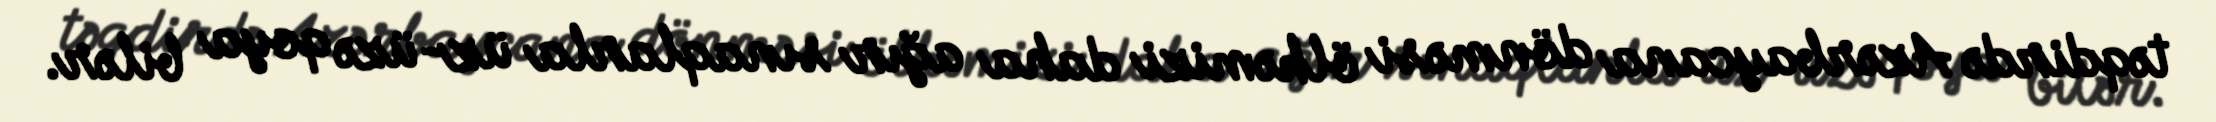
təqdirdə Azərbaycana dönməsi ölkəmizi daha ağır sınaqlarla üz-üzə qoya bilər.